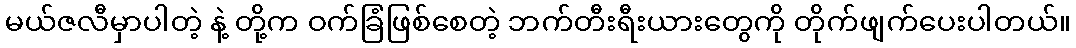
မယ်ဇလီမှာပါတဲ့ နဲ့ တို့က ဝက်ခြံဖြစ်စေတဲ့ ဘက်တီးရီးယားတွေကို တိုက်ဖျက်ပေးပါတယ်။